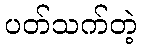
ပတ်သက်တဲ့